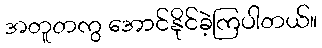
အတူတကွ အောင်နိုင်ခဲ့ကြပါတယ်။